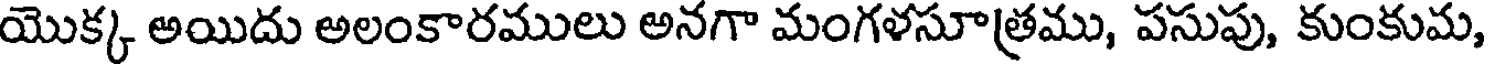
యొక్క అయిదు అలంకారములు అనగా మంగళసూత్రము, పసుపు, కుంకుమ,